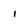
Character: i